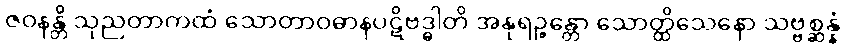
ဇဝနန္တိ သုညတာကထံ သောတာဝဓာနပဋိဗဒ္ဓါတိ အနုရဉ္ဇန္တော သောတ္ထိသေနော သဗ္ဗစ္ဆန္နံ